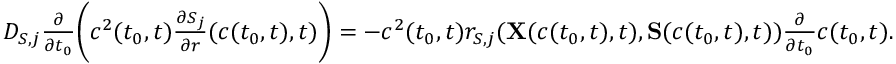
\begin{array} { r } { D _ { S , j } \frac { \partial } { \partial t _ { 0 } } \bigg ( c ^ { 2 } ( t _ { 0 } , t ) \frac { \partial S _ { j } } { \partial r } ( c ( t _ { 0 } , t ) , t ) \bigg ) = - c ^ { 2 } ( t _ { 0 } , t ) r _ { S , j } ( { { \bf X } ( c ( t _ { 0 } , t ) , t ) } , { { \bf S } } ( c ( t _ { 0 } , t ) , t ) ) \frac { \partial } { \partial t _ { 0 } } c ( t _ { 0 } , t ) . } \end{array}